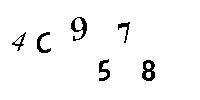
4C9578